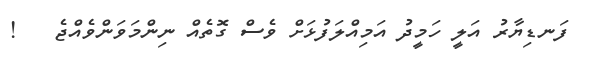
ފަނޑިޔާރު އަލީ ހަމީދު އަމިއްލަފުޅަށް ވެސް ގޮތެއް ނިންމަވަންވެއްޖެ   !